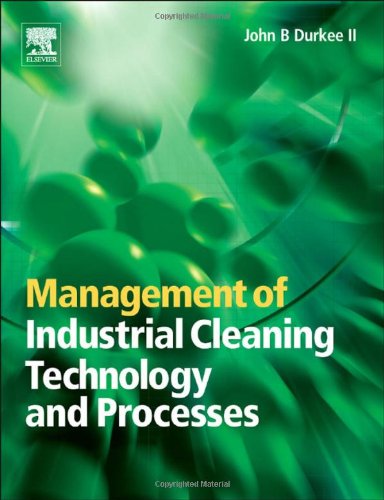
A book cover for Management of Industrial Cleaning Technology and Processes; John B. Durkee; Business & Money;